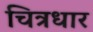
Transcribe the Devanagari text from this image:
चित्रधार